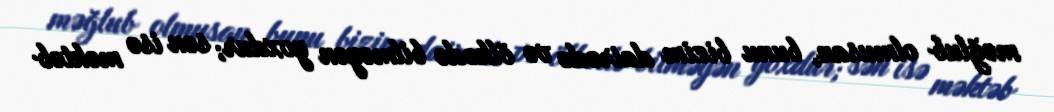
məğlub olmusan, bunu bizim dairədə və ölkədə bilməyən yoxdur; sən isə məktəb